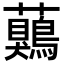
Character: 𧅖